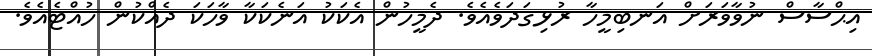
އިޙްސާސް ނުވާވަރަށް އަނބިމީހާ ރުޅިގަދަވެއެވެ. ދެމީހުން އެކަކު އަނެކަކާ ވާހަކަ ދެއްކުން ހުއްޓެއެވެ.